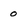
Character: o